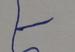
Signature authenticity: forged